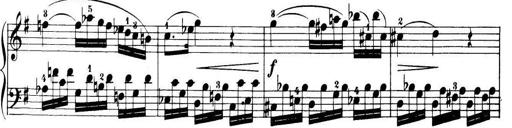
Title: 32 Sonatinas and Rondos for the Piano
Composer: Richard Kleinmichel